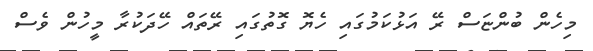
މިހެން ބުންޏަސް ރޭ އަޅުކަމުގައި ހެޔޮ ގޮތުގައި ރޭތައް ހޭދަކުރާ މީހުން ވެސް